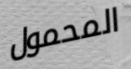
المحمول